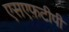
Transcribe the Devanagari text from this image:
एसएफ़टीपी